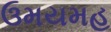
ઉમયમહ